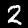
Label: 2